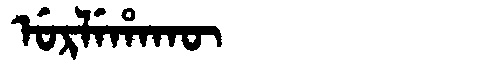
Manchu: ᡠᡵᠯᡝᡥᠠᡴᡡ
Romanization: URLEHAKŪ